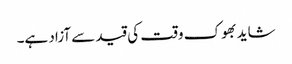
شاید بھوک وقت کی قید سے آزاد ہے۔